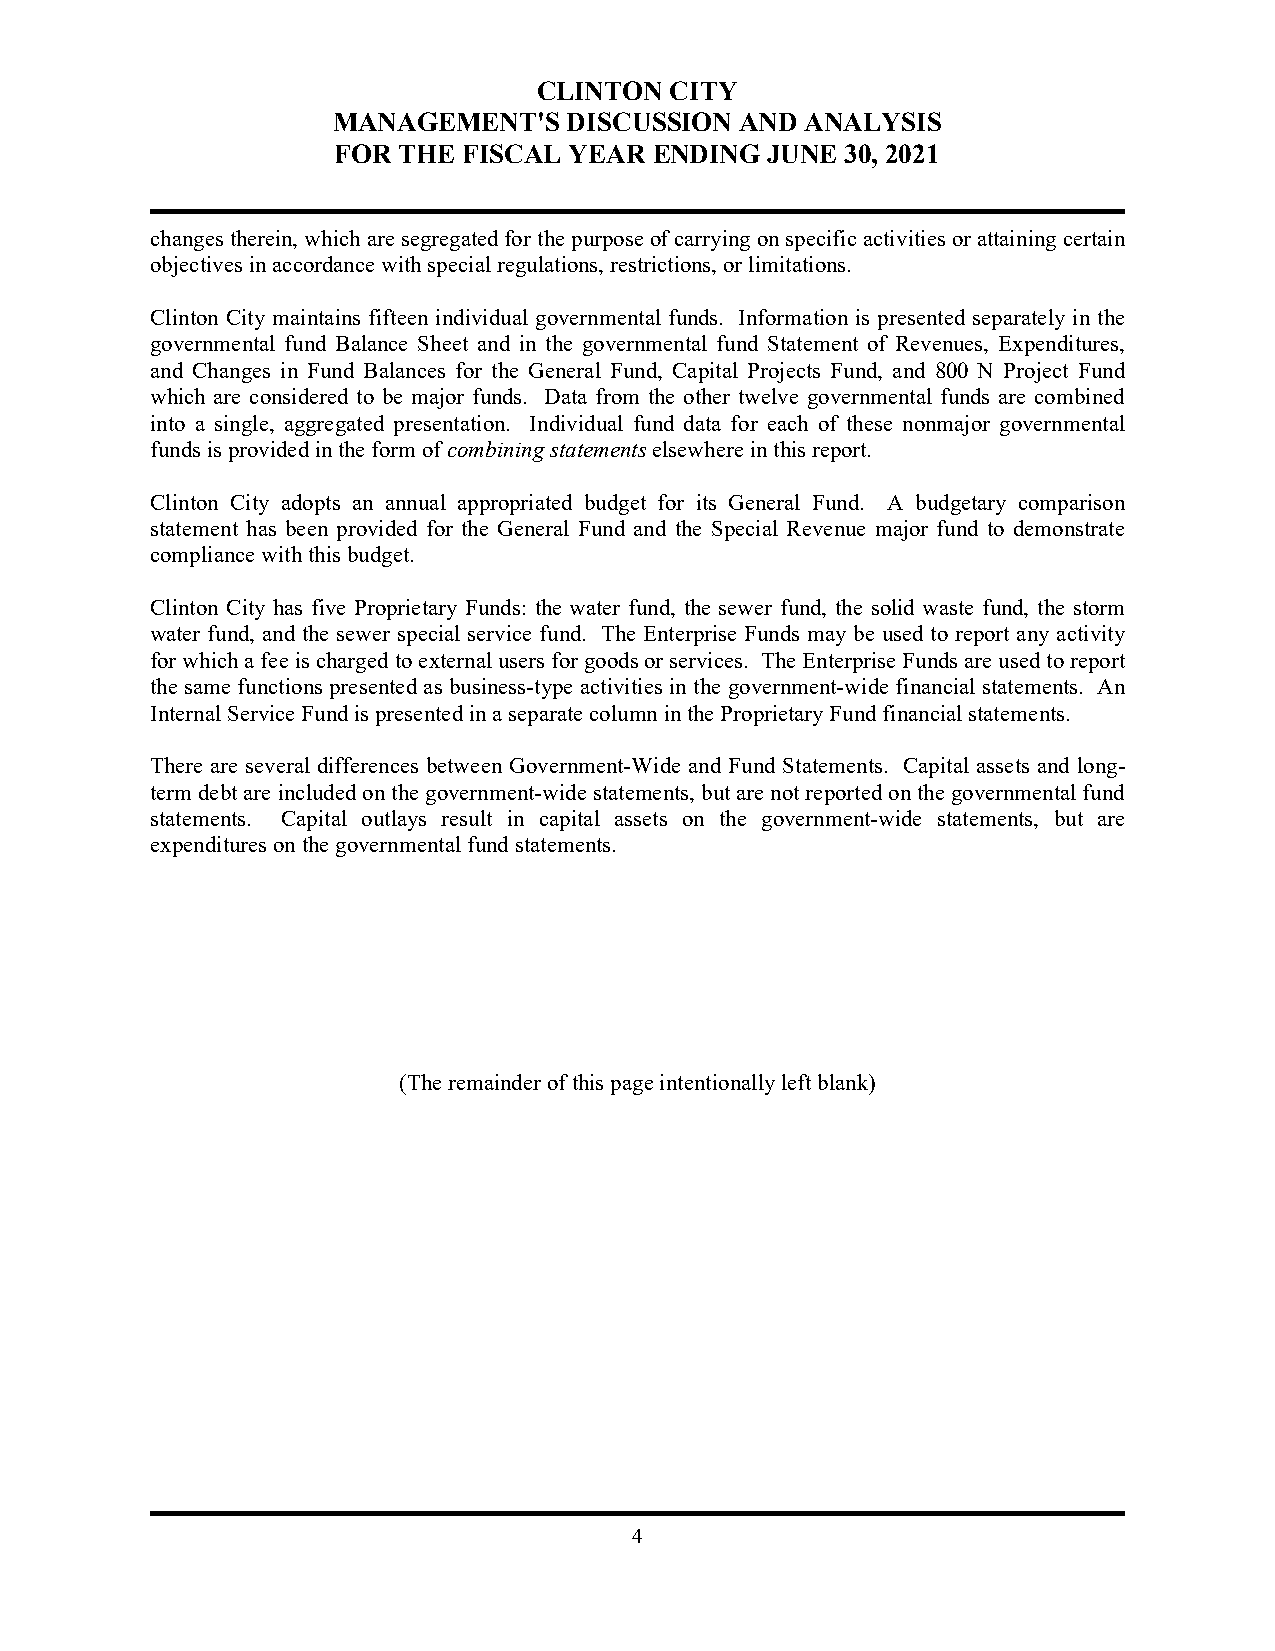
CLINTON CITY
 MANAGEMENT'S    DISCUSSION AND ANALYSIS
 FOR THE  FISCAL YEAR ENDING  JUNE 30, 2021
 changes therein, which are segregated for the purpose of carrying on specific activities or attaining certain
 objectives in accordance with special regulations, restrictions, or limitations.
 Clinton City maintains fifteen individual governmental funds. Information is presented separately in the
 governmental fund Balance Sheet and in the governmental fund Statement of Revenues, Expenditures,
 and Changes in Fund Balances for the General Fund, Capital Projects Fund, and 800 N Project Fund
 which are considered to be major funds. Data from the other twelve governmental funds are combined
 into a single, aggregated presentation. Individual fund data for each of these nonmajor governmental
 funds is provided in the form of combining statements elsewhere in this report.
 Clinton City adopts an annual appropriated budget for its General Fund. A budgetary comparison
 statement has been provided for the General Fund and the Special Revenue major fund to demonstrate
 compliance with this budget.
 Clinton City has five Proprietary Funds: the water fund, the sewer fund, the solid waste fund, the storm
 water fund, and the sewer special service fund. The Enterprise Funds may be used to report any activity
 for which a fee is charged to external users for goods or services. The Enterprise Funds are used to report
 the same functions presented as business-type activities in the government-wide financial statements. An
 Internal Service Fund is presented in a separate column in the Proprietary Fund financial statements.
 There are several differences between Government-Wide and Fund Statements. Capital assets and long-
 term debt are included on the government-wide statements, but are not reported on the governmental fund
 statements. Capital outlays result in capital assets on the government-wide statements, but are
 expenditures on the governmental fund statements.
 (The remainder of this page intentionally left blank)
 4